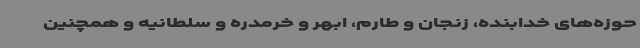
حوزه‌های خدابنده، زنجان و طارم، ابهر و خرمدره و سلطانیه و همچنین